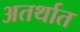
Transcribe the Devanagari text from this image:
अतर्थात